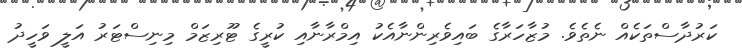
ކަަރުދާސްތަކެއް ނެތެވެ. މުޒާހަރާގެ ބައިވެރިންނާއެކު އިމްރާނާއި ކުރީގެ ޓޫރިޒަމް މިނިސްޓަރު އަލީ ވަހީދު